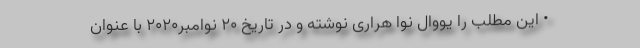
• این مطلب را یووال نوا هراری نوشته و در تاریخ ۲۰ نوامبر۲۰۲۰ با عنوان